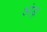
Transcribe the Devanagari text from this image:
आंड्रा